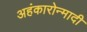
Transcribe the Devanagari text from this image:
अहंकारोन्मादी